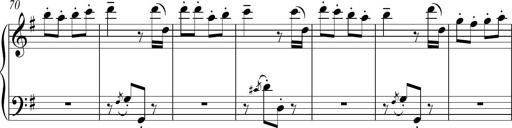
Title: Sonatina del HuÃ©car
Composer: JosÃ© Miguel Moreno Sabio